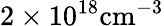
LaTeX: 2\times 10^{18}\mathrm{cm^{-3}}